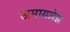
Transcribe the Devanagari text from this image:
अमायलेझ